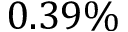
0 . 3 9 \%